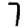
Digit: 7